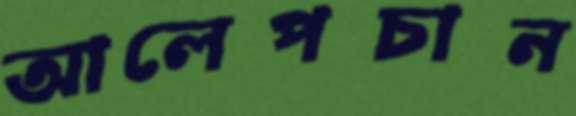
আলেপচান